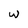
Character: w